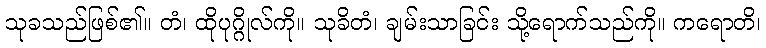
သုခသည်ဖြစ်၏။ တံ၊ ထိုပုဂ္ဂိုလ်ကို။ သုခိတံ၊ ချမ်းသာခြင်း သို့ရောက်သည်ကို။ ကရောတိ၊